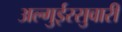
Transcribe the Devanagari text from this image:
अल्गुईरसुवारी